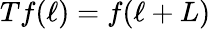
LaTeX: Tf(\ell)=f(\ell+L)